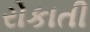
રોકાતી